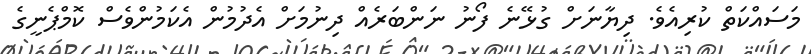
މަސައްކަތް ކުރިއެވެ. ދިޔާނަށް ގުޅޭނެ ފޯނު ނަންބަރެއް ދިނުމަށް އެދުމުން އެކަމުންވެސް ކޮމްޕެނީގެ